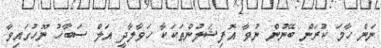
ނަން ހާމަ ކުރަން ބޭނުން ނުވާ އޮފިޝަލުންތަކަކާ ހަވާލާދީ އަލް ސަބާހު ނޫހުގައިވާ